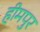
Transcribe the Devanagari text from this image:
हीमपुर